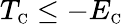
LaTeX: T_{\scriptscriptstyle\mathrm{C}}\leq-E_{\scriptscriptstyle\mathrm{C}}